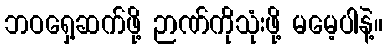
ဘဝရှေ့ဆက်ဖို့ ဉာဏ်ကိုသုံးဖို့ မမေ့ပါနဲ့။